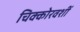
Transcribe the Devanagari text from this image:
चिक्कोरवशीं